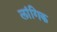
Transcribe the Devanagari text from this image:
लांगिक